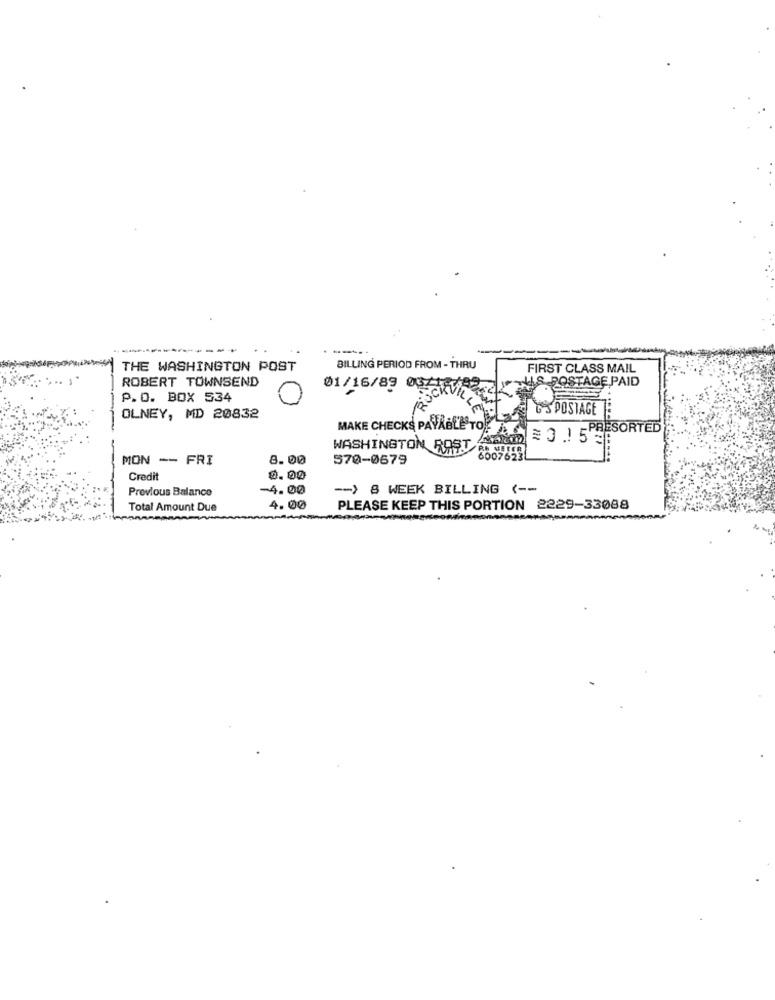
---
THE WASHINGTON POST
BILLING PERIOD FROM - THRU
FIRST CLASS MAIL
ROBERT TOWNSEND
4& POSTAGE PAID
01/16/89 00/12
P.O. BOX 534
G'S POSTAGE
OLNEY, MD 20832
MAKE CHECKS PAYABLESTORE
PRESORTED
WASHINGTON ROST ASIT
RA METER
MON -- FRI
8.00
570-0679
6007623
Credit
0.00
Previous Balance
-4.00
-- ) 8 WEEK BILLING ( --
Total Amount Due
4.00
PLEASE KEEP THIS PORTION 2229-33088